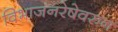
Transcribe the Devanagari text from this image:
विभाजनरेषेवरुन